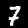
Label: 7